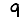
Digit: 9